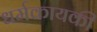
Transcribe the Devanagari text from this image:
धर्मकायकी